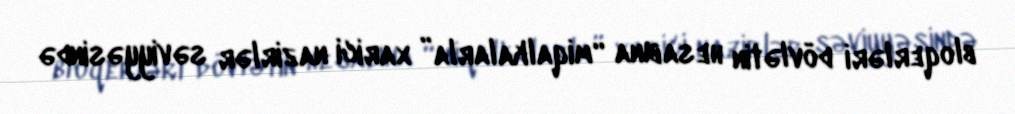
bloqerləri dövlətin hesabına “miqalkalarla” xarici nazirlər səviyyəsində